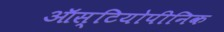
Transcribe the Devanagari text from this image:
ऑस्टियोपीनिक